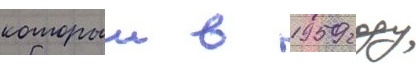
которыи в 1959 году